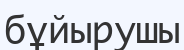
бұйырушы